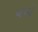
યમો